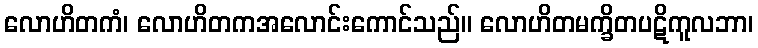
လောဟိတကံ၊ လောဟိတကအလောင်းကောင်သည်။ လောဟိတမက္ခိတပဋိကူလဘာ၊